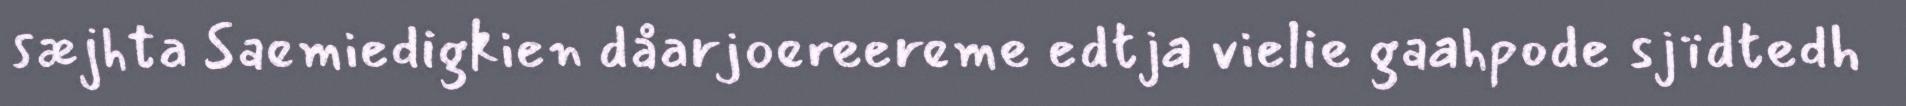
sæjhta Saemiedigkien dåarjoereereme edtja vielie gaahpode sjïdtedh